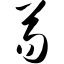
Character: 芴